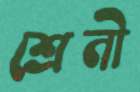
শ্রেনী